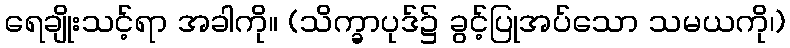
ရေချိုးသင့်ရာ အခါကို။ (သိက္ခာပုဒ်၌ ခွင့်ပြုအပ်သော သမယကို၊)